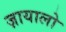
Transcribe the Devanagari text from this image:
ज़ायालो